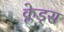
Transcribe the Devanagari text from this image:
क्लेड्स